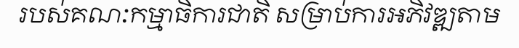
របស់គណៈកម្មាធិការជាតិ សម្រាប់ការអភិវឌ្ឍតាម